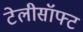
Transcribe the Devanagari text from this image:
टेलीसॉफ्ट